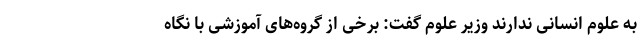
به علوم انسانی ندارند وزیر علوم گفت: برخی از گروه‌های آموزشی با نگاه